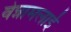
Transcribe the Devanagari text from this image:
वेन्नामलाई